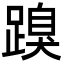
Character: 䠗